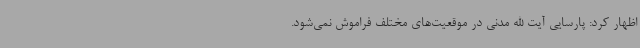
اظهار کرد: پارسایی آیت الله مدنی در موقعیت‌های مختلف فراموش نمی‌شود.